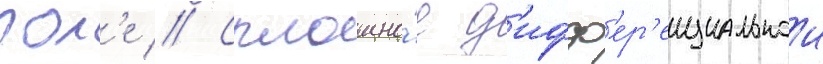
пол'е // Сплошно́е д'ифф'ер'енциальнои